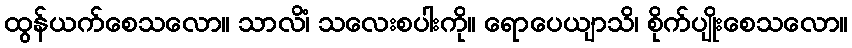
ထွန်ယက်စေသလော။ သာလိံ၊ သလေးစပါးကို။ ရောပေယျာသိ၊ စိုက်ပျိုးစေသလော။